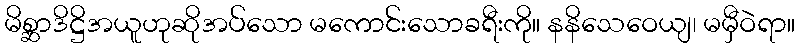
မိစ္ဆာဒိဋ္ဌိအယူဟုဆိုအပ်သော မကောင်းသောခရီးကို။ နနိသေဝေယျ၊ မမှီဝဲရာ။